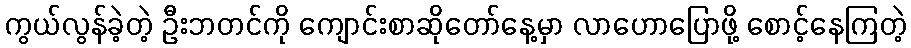
ကွယ်လွန်ခဲ့တဲ့ ဦးဘတင်ကို ကျောင်းစာဆိုတော်နေ့မှာ လာဟောပြောဖို့ စောင့်နေကြတဲ့